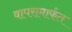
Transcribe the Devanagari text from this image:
वापरामार्फत